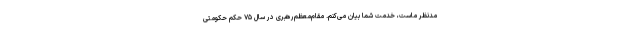
مدنظر ماست، خدمت شما بیان می‌کنم. مقام‌معظم‌رهبری در سال ۷۵ حکم حکومتی